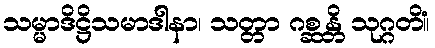
သမ္မာဒိဋ္ဌိသမာဒါနာ၊ သတ္တာ ဂစ္ဆန္တိ သုဂ္ဂတိံ။